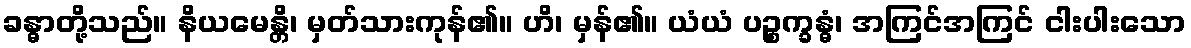
ခန္ဓာတို့သည်။ နိယမေန္တိ၊ မှတ်သားကုန်၏။ ဟိ၊ မှန်၏။ ယံယံ ပဉ္စက္ခန္ဓံ၊ အကြင်အကြင် ငါးပါးသော